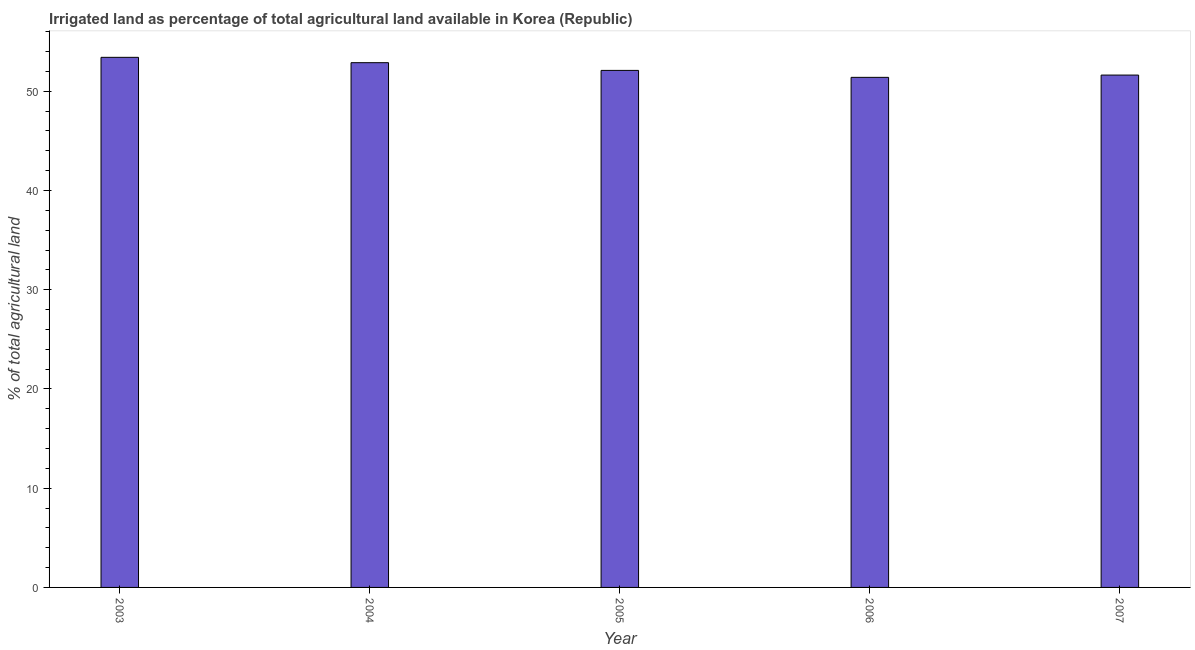
| Year | Agricultural irrigated land  |
 | --- | --- |
 | 2003 | 53.4 |
 | 2004 | 52.9 |
 | 2005 | 52.1 |
 | 2006 | 51.4 |
 | 2007 | 51.6 |